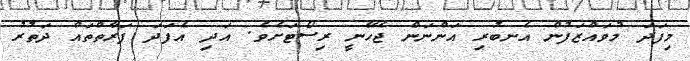
މިފަދަ މުވައްޒަފުން އެނބުރި އަންނަން ޖެހޭނީ ރިސޯޓަށެވެ. އަދި އެފަދަ ފަރާތްތައް ދަތުރު